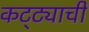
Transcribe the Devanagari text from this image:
कट्ट्याची